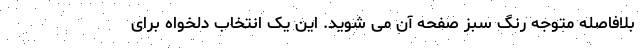
بلافاصله متوجه رنگ سبز صفحه آن می شوید. این یک انتخاب دلخواه برای